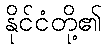
နိုင်ငံတို့၏